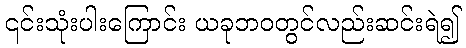
၎င်းသုံးပါးကြောင်း ယခုဘဝတွင်လည်းဆင်းရဲ၍